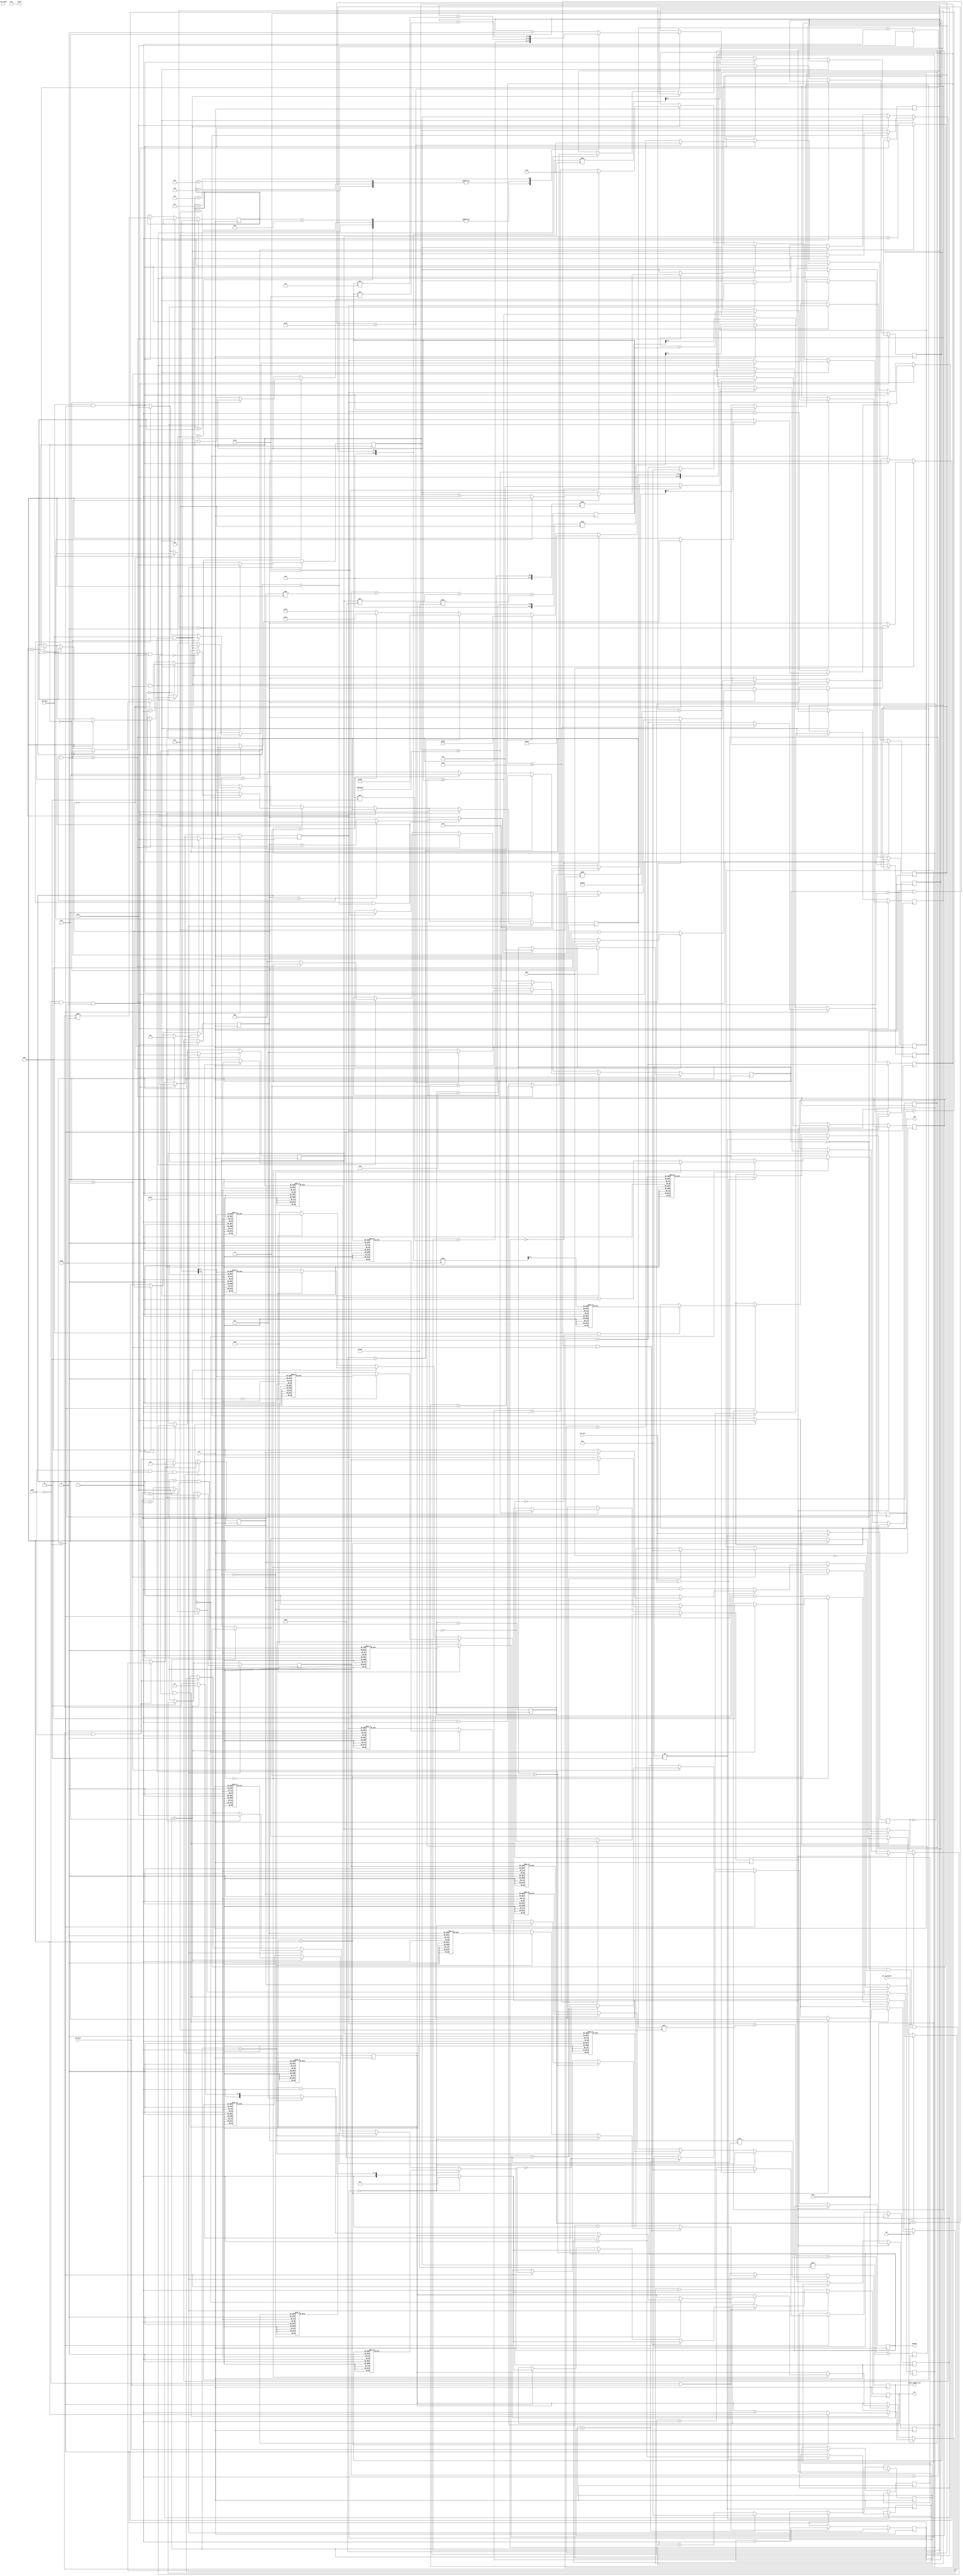
`timescale 1ns / 1ps
//////////////////////////////////////////////////////////////////////////////////
// Company: 
// Engineer: 
// 
// Design Name: 
// Module Name:    display 
// Project Name: 
// Target Devices: 
// Tool versions: 
// Description: 
//
// Dependencies: 
//
// Revision: 
// Revision 0.01 - File Created
// Additional Comments: 
//
//////////////////////////////////////////////////////////////////////////////////
module display(
    input mode,
    input spin,
    input up,
    input down,
	 input reset,
    input clk,
    input clk_spin,
    input clk_fast,
    input clk_increment,
    input clk_led,
    input clk_sound,
    output reg [7:0] led,
    output reg [3:0] an,
    output reg [7:0] seven_segment_out,
    output reg [7:0] sound,
	output reg speaker
    );
	
	 parameter zero = 8'b11000000;
	 parameter one = 8'b11111001;
	 parameter two = 8'b10100100;
	 parameter three = 8'b10110000;
	 parameter four = 8'b10011001;
	 parameter five = 8'b10010010;
	 parameter six = 8'b10000010;
	 parameter seven = 8'b11111000;
	 parameter eight = 8'b10000000;
	 parameter nine = 8'b10011000;
	 parameter blank = 8'b11111111;
	 parameter hyphen = 8'b10111111;
	
	//Led 
	reg [2:0] led_current_blinker = 0;

	reg clk_led_d = 0;
   reg clk_spin_d = 0;
	
	//Used for knowing when to stop incrementing or decrementing
	reg [15:0] increment_stack = 0;
	reg [15:0] decrement_stack = 0;
	
	//money count -> decrease bet amt -> spin -> if win (blink and increase money ocunt) -> else stagnant
	//Play Mode
	reg [1:0] counter = 0;
	
	//first_digit is the ones place, second_digit is the tens place, etc
	//This is current money in its separate digit places
	reg [3:0] first_digit = 0;
	reg [3:0] second_digit = 0;
	reg [3:0] third_digit = 1;
	reg [3:0] fourth_digit = 0;
    
    //Same idea, but for betting amount
    reg [3:0] first_digit_bet = 0;
	reg [3:0] second_digit_bet = 5;
	reg [3:0] third_digit_bet = 0;
	reg [3:0] fourth_digit_bet = 0;
    
    //Same idea, but for random spinning mode
    reg [3:0] first_digit_spin = 0;
	reg [3:0] second_digit_spin = 5;
	reg [3:0] third_digit_spin = 0;
	reg [3:0] fourth_digit_spin = 0;
	
	//Current money in one register
	reg [15:0] amount_current = 0;
	//Current bet amount
	reg [15:0] bet_current = 0;
    
    //Need a randomizer tracker to simulate randomness
    reg [7:0] random_number = 0;
	
	//Spin-state tracker
	//0 is default
	//1 is decreasing bet
	//2 is spinning
	//3 is display spin results
	//4 is payout
	reg [2:0] spin_state = 0;
	
	//Stage 2's timer
	reg [31:0] counter_stage_2 = 0;
	parameter COUNT_STAGE2 = 75;
	
	//Stage 3's timer
	reg [31:0] counter_stage_3 = 0;
	parameter COUNT_STAGE3 = 25;
	
	//Integer result combination (gonna only be 0-15)
	integer spin_result = 0;

	//Sound tracker. Temporary
	reg [15:0] temp_sound_counter_test = 0;
	
	//Sounds
	reg [15:0] sound_spin_counter = 0;
	reg [15:0] sound_bing_counter = 0;
	reg [15:0] change_note_counter = 0;
	
	reg [15:0] COUNT_SOUND_SPIN = 100;
	reg [15:0] COUNT_SOUND_BING = 100;
	reg [15:0] COUNT_CHANGE_NOTE = 100000;
	reg [15:0] COUNT_MUTE_SOUND_SPIN = 50;
	reg [31:0] COUNT_MUTE_SOUND_BING = 100000000;

	reg [15:0] mute_sound_counter = 0;
	
	reg [2:0] current_note = 0;
	reg mute_sound = 0;
	
	//0 - welcome screen, 1 - regular gameplay, 2 - game over
	reg [1:0] game_state = 1;
	
	reg [15:0] welcome_screen_counter = 0;
	parameter welcome_counter = 1000000;
	
	initial
	begin
		seven_segment_out = 0;
		led = 0;
		sound = 0;
	end
	
	always @ (posedge clk)
	begin
	
		//Show hello screen
		/*if (game_state == 0)
			begin
				if (welcome_screen_counter == welcome_counter)
					begin
						welcome_screen_counter <= 0;
						game_state <= 1;
					end
				
				else
				begin
					welcome_screen_counter <= welcome_screen_counter + 1;
					counter <= counter + 1;
					if (counter == 0)
						begin
							an <= 4'b0111;
							seven_segment_out <= 8'b11001000;
						end
					
					else if (counter == 1)
						begin
							an <= 4'b1011;
							seven_segment_out <= 8'b10110000;
						end
					
					else if (counter == 2)
						begin
							an <= 4'b1101;
							seven_segment_out <= 8'b11110001;
						end
					
					else 
						begin
							an <= 4'b1110;
							seven_segment_out <= 8'b11000000;
						end
				end
           end*/
		
			
			
		//0 is on
        //Get current value
		  amount_current <= first_digit + (second_digit * 10) + (third_digit * 100) + (fourth_digit * 1000);
        bet_current <= first_digit_bet + (second_digit_bet * 10) + (third_digit_bet * 100) + (fourth_digit_bet * 1000);
		  random_number <= random_number + 1;
		  
        //Adjust bet amount 
        if (spin_state == 0 && (!spin) && clk_increment && mode)
        begin
            if (up)
            begin
                increment_money_bet();
            end
            
            else if (down)
            begin
                decrement_money_bet();
            end
        end
        
        
        //Play mode
        if (!mode && clk_fast && game_state == 1)
        begin
            counter <= counter + 1;
            if (spin_state == 0 || spin_state == 1 || spin_state == 4)
                begin
 
                if (counter == 0)
                    begin
                        an <= 4'b0111;
                        show_number(fourth_digit);
                    end
                
                else if (counter == 1)
                    begin
                        an <= 4'b1011;
                        show_number(third_digit);
                    end
                
                else if (counter == 2)
                    begin
                        an <= 4'b1101;
                        show_number(second_digit);
                    end
                
                else 
                    begin
                        an <= 4'b1110;
                        show_number(first_digit);
                    end
                end
				
				//Slot reel result screen
				else if (spin_state == 3)
				begin
					 if (counter == 0)
                    begin
                        an <= 4'b0111;
                        case (spin_result)
									0: show_number(15);
									1: show_number(15);
									2: show_number(15);
									3: show_number(15);
									4: show_number(15);
									5: show_number(15);
									6: show_number(15);
									7: show_number(15);
									8: show_number(2);
									9: show_number(2);
									10: show_number(2);
									11: show_number(2);
									12: show_number(5);
									13: show_number(5);
									14: show_number(5);
									15: show_number(7);
									default: show_number(15);
								endcase
                    end
                
                else if (counter == 1)
                    begin
                        an <= 4'b1011;
                        case (spin_result)
									0: show_number(15);
									1: show_number(15);
									2: show_number(15);
									3: show_number(15);
									4: show_number(15);
									5: show_number(15);
									6: show_number(15);
									7: show_number(15);
									8: show_number(2);
									9: show_number(2);
									10: show_number(2);
									11: show_number(2);
									12: show_number(5);
									13: show_number(5);
									14: show_number(5);
									15: show_number(7);
									default: show_number(15);
								endcase
                    end
                
                else if (counter == 2)
                    begin
                        an <= 4'b1101;
                        case (spin_result)
									0: show_number(15);
									1: show_number(15);
									2: show_number(15);
									3: show_number(15);
									4: show_number(15);
									5: show_number(15);
									6: show_number(15);
									7: show_number(15);
									8: show_number(2);
									9: show_number(2);
									10: show_number(2);
									11: show_number(2);
									12: show_number(5);
									13: show_number(5);
									14: show_number(5);
									15: show_number(7);
									default: show_number(15);
								endcase
                    end
                
                else 
                    begin
                        an <= 4'b1110;
                        case (spin_result)
									0: show_number(15);
									1: show_number(15);
									2: show_number(15);
									3: show_number(15);
									4: show_number(15);
									5: show_number(15);
									6: show_number(15);
									7: show_number(15);
									8: show_number(2);
									9: show_number(2);
									10: show_number(2);
									11: show_number(2);
									12: show_number(5);
									13: show_number(5);
									14: show_number(5);
									15: show_number(7);
									default: show_number(15);
								endcase
                    end
				end
					 
            else if (spin_state == 2)
					begin
					if (counter == 0)
					begin
						an <= 4'b0111;
						show_number(fourth_digit_spin);
					end
				
					else if (counter == 1)
					begin
						an <= 4'b1011;
						show_number(third_digit_spin);
					end
				
					else if (counter == 2)
					begin
						an <= 4'b1101;
						show_number(second_digit_spin);
					end
				
					else 
					begin
						an <= 4'b1110;
						show_number(first_digit_spin);
					end
            end
		end
       
        
        //Game logic
		//State 0
		if (!mode && clk_spin && spin_state == 0)
		begin
			//If spin is pressed
			if (spin)
				begin
					//Check if user has enough money
					if (amount_current >= bet_current)
						begin
							decrement_stack <= decrement_stack + bet_current;
							spin_state <= 1;
						end
				end
			
		end
		
		//State 1
		else if (clk_spin && spin_state == 1)
		begin
			if (decrement_stack > 0)
				begin
					decrement_money();
					decrement_stack <= decrement_stack - 1;
				end
			else
				begin
					spin_state <= 2;
				end	
		end
				
		//State 2 
		else if (clk_spin && spin_state == 2)
		begin
			spin_result <= random_number % 16;
            
            randomize_screen();
            
			if (counter_stage_2 == COUNT_STAGE2)
				begin
					counter_stage_2 <= 0;
					spin_state <= 3;
					
					//case by case. 16 combos. 0-7 is no win. 8-11 are cherries. 12-14 are bars. 15 is jackpot 777 
					case (spin_result)
						0: increment_stack <= increment_stack + 0;
						1: increment_stack <= increment_stack + 0;
						2: increment_stack <= increment_stack + 0;
						3: increment_stack <= increment_stack + 0;
						4: increment_stack <= increment_stack + 0;
						5: increment_stack <= increment_stack + 0;
						6: increment_stack <= increment_stack + 0;
						7: increment_stack <= increment_stack + 0;
						8: increment_stack <= increment_stack + (bet_current * 2); 
						9: increment_stack <= increment_stack + (bet_current * 2); 
						10: increment_stack <= increment_stack + (bet_current * 2); 
						11: increment_stack <= increment_stack + (bet_current * 2);
						12: increment_stack <= increment_stack + (bet_current * 5);
						13: increment_stack <= increment_stack + (bet_current * 5);
						14: increment_stack <= increment_stack + (bet_current * 5);
						15: increment_stack <= increment_stack + (bet_current * 25);
						default: increment_stack <= increment_stack + 0;
					endcase
					
				end
				
			else 
				begin
					counter_stage_2 <= counter_stage_2 + 1;
				end	 		
		end
		
		//Display slot reel results
		else if (clk_spin && spin_state == 3)
		begin
			if (counter_stage_3 == COUNT_STAGE3)
				begin
					counter_stage_3 <= 0;
					spin_state <= 4;
				end
			else
				begin
					counter_stage_3 <= counter_stage_3 + 1;
				end
		end
		
		
		//State 4
		else if (clk_spin && spin_state == 4)
		begin
			//payout			
			if (increment_stack > 0)
				begin
					increment_stack <= increment_stack - 1;
					increment_money();
				end
			else
				begin
					spin_state <= 0;
				end
		end
		
		//Betting Mode
		if (mode && clk_fast && spin_state == 0 && game_state == 1)
		begin
		
			//Check if reset is being pressed
			
			if (reset)
			begin
			//Reset values to default values lol
			first_digit <= 0;
			second_digit <= 0;
			third_digit <= 1;
			fourth_digit <= 0;
			
			first_digit_bet <= 0;
			second_digit_bet <= 5;
			third_digit_bet <= 0;
			fourth_digit_bet <= 0;
			end
			
			counter <= counter + 1;
			
			if (counter == 0)
			begin
				an <= 4'b0111;
				show_number(fourth_digit_bet);
			end
			
			else if (counter == 1)
			begin
				an <= 4'b1011;
				show_number(third_digit_bet);
			end
			
			else if (counter == 2)
			begin
				an <= 4'b1101;
				show_number(second_digit_bet);
			end
			
			else 
			begin
				an <= 4'b1110;
				show_number(first_digit_bet);
			end
		end
	end

	//LED always block
	always @ (posedge clk)
	begin
    
        if(spin_state != 2)
            begin
            if (clk_led && !clk_led_d)
                begin
                led_current_blinker = led_current_blinker + 1;
                display_led(led_current_blinker);
                end
                
            clk_led_d <= clk_led;
            end
        else if (spin_state == 2)
            begin
                if (clk_spin && !clk_spin_d)
                begin
                display_led((random_number + random_number) % 16);
                end
                
                clk_spin_d <= clk_fast;
            end
        
	end
		
	//SOUND BLOCK	
	always @ (posedge clk)
	begin
		//If muted, dont do anything
		
		if (spin_state == 2)
		begin
			if (mute_sound_counter >= COUNT_MUTE_SOUND_SPIN)
				begin
					mute_sound <= ~mute_sound;
					mute_sound_counter <= 0;
				end
				
			else
				begin
					mute_sound_counter <= mute_sound_counter + 1;
				end
		end 
		
		else if (spin_state == 4)
		begin
			if (mute_sound_counter >= COUNT_MUTE_SOUND_BING)
				begin
				mute_sound <= ~mute_sound;
				mute_sound_counter <= 0;
				end
			
			else
				begin
					mute_sound_counter <= mute_sound_counter + 1;
				end
		end
		
		if (!mute_sound)
			begin
			if (spin_state == 2)
			begin
				if (sound_spin_counter == COUNT_SOUND_SPIN)
					begin
						
						sound_spin_counter <= 0;
						
						speaker <= ~speaker;
					end
				else
					begin
						sound_spin_counter <= sound_spin_counter + 1;
					end
				
				if (change_note_counter == COUNT_CHANGE_NOTE)
					begin					
						if (current_note == 0)
							begin
								current_note <= 1;
								COUNT_SOUND_SPIN <= 1000;
							end
						else if (current_note == 1)
							begin
								current_note <= 2;
								COUNT_SOUND_SPIN <= 1500;
							end
						else if (current_note == 2)
							begin
								current_note <= 3;
								COUNT_SOUND_SPIN <= 2000;
							end
						else if (current_note == 3)
							begin
								current_note <= 4;
								COUNT_SOUND_SPIN <= 2500;
							end
						else
							begin
								current_note <= 0;
								COUNT_SOUND_SPIN <= 500;
							end
							
						
						change_note_counter <= 0;
					end
				else
					begin
						change_note_counter <= change_note_counter + 1;
					end
			end
			
			else if (spin_state == 4)
			begin
				if (sound_bing_counter == COUNT_SOUND_BING)
				begin
					sound_bing_counter <= 0;
					speaker <= ~speaker;
				end
				else
					begin
						sound_bing_counter <= sound_bing_counter + 1;
					end
			end
			
		end
		
		else
			begin
				mute_sound_counter <= mute_sound_counter + 1;
			end
			
	end
	
	task display_led;
		input [3:0] number;
		begin
			case (number)
			0: led <= 8'b00000001;
			1: led <= 8'b00000010;
			2: led <= 8'b00000100;
			3: led <= 8'b00001000;
			4: led <= 8'b00010000;
			5: led <= 8'b00100000;
			6: led <= 8'b01000000;
			7: led <= 8'b10000000;
			8: led <= 8'b00000000;
            9: led <= 8'b01000010;
            10: led <= 8'b10010001;
            11: led <= 8'b00110110;
            12: led <= 8'b11010011;
            13: led <= 8'b01010101;
            14: led <= 8'b10101010;
				default : led <= 8'b11111111;
			endcase
		end
	endtask
	
	task emit_sound;
		input [2:0] number;
		begin
			case (number)
				0: sound <= 27000000/2;
				1: sound <= 27000000/5;
				2: sound <= 27000000/10;
				3: sound <= 27000000/15;
				4: sound <= 27000000/25;
				5: sound <= 27000000/50;
				6: sound <= 27000000/100;
				7: sound <= 27000000/150;
				8: sound <= 27000000/300;
				default : sound <= 27000000/2;
			endcase
		end
	endtask
	
	task show_number;
		input [3:0] number;
		begin
			case (number)
				0: seven_segment_out <= zero;
				1: seven_segment_out <= one;
				2: seven_segment_out <= two;
				3: seven_segment_out <= three;
				4: seven_segment_out <= four;
				5: seven_segment_out <= five;
				6: seven_segment_out <= six;
				7: seven_segment_out <= seven;
				8: seven_segment_out <= eight;
				15: seven_segment_out <= hyphen;
				default: seven_segment_out <= nine;
			endcase
		end
	endtask
		
	task increment_money;
		begin
			if (first_digit == 4'd9)
				begin
					first_digit <= 0;
				end
			else
				begin
				first_digit <= first_digit + 1;
				end
				
			if (first_digit == 4'd9)
				begin
					if (second_digit == 4'd9)
						begin
							second_digit <= 0;
						end
					else
						begin
						second_digit <= second_digit + 1;
						end
				end
				
			if (first_digit == 4'd9 && second_digit == 4'd9)
				begin
					if (third_digit == 4'd9)
						begin
							third_digit <= 0;
						end
					else
						begin
							third_digit <= third_digit + 1;
						end
				end
			
			if (first_digit == 4'd9 && second_digit == 4'd9 && third_digit == 4'd9)
				begin
					//Set all digits to 9 if they are all supposed to be 9
					if (fourth_digit == 4'd9)
						begin
							fourth_digit <= 9;
							third_digit <= 9;
							second_digit <= 9;
							first_digit <= 9;
						end
					else
						begin
							fourth_digit <= fourth_digit + 1;
						end
				end
		end
	endtask
	
	task decrement_money;
		begin
			if (first_digit == 4'd0)
				begin
					if (second_digit == 4'd0)
						begin
							//handle xx00
							if(third_digit == 4'd0)
								begin
								//handle x000
									if (fourth_digit == 4'd0)
										begin
											//do nothing
										end
									else 
										begin
											fourth_digit <= fourth_digit - 1;
											third_digit <= 9;
											second_digit <= 9;
											first_digit <= 9;
										end
								end
							else
								begin
									third_digit <= third_digit - 1;
									second_digit <= 9;
									first_digit <= 9;
								end
						end
					else
						begin
							second_digit <= second_digit - 1;
							first_digit <= 9;
						end
				end
			else
				begin
					first_digit <= first_digit - 1;
				end
		end
	endtask
    
    task increment_money_bet;
		begin
			if (first_digit_bet == 4'd9)
				begin
					first_digit_bet <= 0;
				end
			else
				begin
				first_digit_bet <= first_digit_bet + 1;
				end
				
			if (first_digit_bet == 4'd9)
				begin
					if (second_digit_bet == 4'd9)
						begin
							second_digit_bet <= 0;
						end
					else
						begin
						second_digit_bet <= second_digit_bet + 1;
						end
				end
				
			if (first_digit_bet == 4'd9 && second_digit_bet == 4'd9)
				begin
					if (third_digit_bet == 4'd9)
						begin
							third_digit_bet <= 0;
						end
					else
						begin
							third_digit_bet <= third_digit_bet + 1;
						end
				end
			
			if (first_digit_bet == 4'd9 && second_digit_bet == 4'd9 && third_digit_bet == 4'd9)
				begin
					//Set all digits to 9 if they are all supposed to be 9
					if (fourth_digit_bet == 4'd9)
						begin
							fourth_digit_bet <= 9;
							third_digit_bet <= 9;
							second_digit_bet <= 9;
							first_digit_bet <= 9;
						end
					else
						begin
							fourth_digit_bet <= fourth_digit_bet + 1;
						end
				end
		end
	endtask
    
    task decrement_money_bet;
		begin
			if (first_digit_bet == 4'd0)
				begin
					if (second_digit_bet == 4'd0)
						begin
							//handle xx00
							if(third_digit_bet == 4'd0)
								begin
								//handle x000
									if (fourth_digit_bet == 4'd0)
										begin
											//do nothing
										end
									else 
										begin
											fourth_digit_bet <= fourth_digit_bet - 1;
											third_digit_bet <= 9;
											second_digit_bet <= 9;
											first_digit_bet <= 9;
										end
								end
							else
								begin
									third_digit_bet <= third_digit_bet - 1;
									second_digit_bet <= 9;
									first_digit_bet <= 9;
								end
						end
					else
						begin
							second_digit_bet <= second_digit_bet - 1;
							first_digit_bet <= 9;
						end
				end
			else
				begin
					first_digit_bet <= first_digit_bet - 1;
				end
		end
	endtask
    
    task randomize_screen;
		begin
			first_digit_spin <= random_number % 10;
            second_digit_spin <= (random_number+ 6) % 10;
            third_digit_spin <= (random_number + 3) % 10;
            fourth_digit_spin <= (random_number + random_number) % 10;
		end
	endtask
	
endmodule